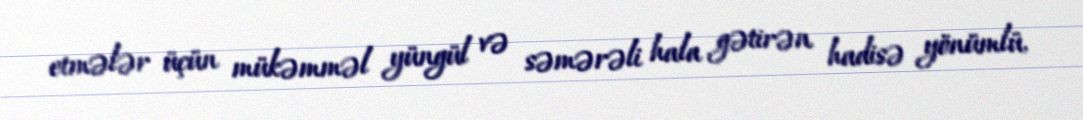
etmələr üçün mükəmməl yüngül və səmərəli hala gətirən hadisə yönümlü,